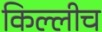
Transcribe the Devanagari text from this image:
किल्लीच